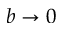
b \to 0